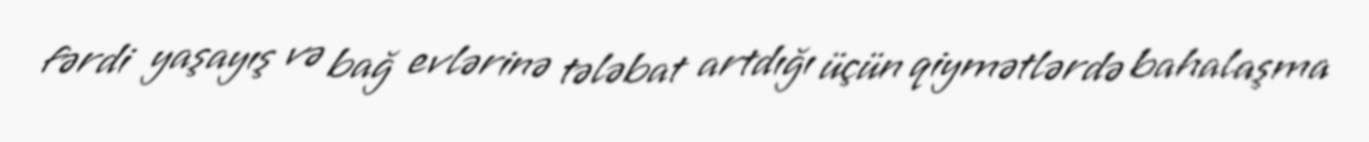
fərdi yaşayış və bağ evlərinə tələbat artdığı üçün qiymətlərdə bahalaşma